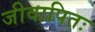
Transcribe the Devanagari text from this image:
जीवापितः